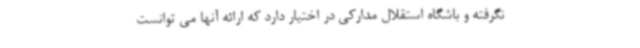
نگرفته و باشگاه استقلال مدارکی در اختیار دارد که ارائه آنها می توانست